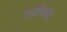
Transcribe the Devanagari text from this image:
जातीधर्मा